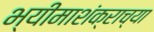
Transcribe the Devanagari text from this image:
भ्यीमाशंक्राच्या